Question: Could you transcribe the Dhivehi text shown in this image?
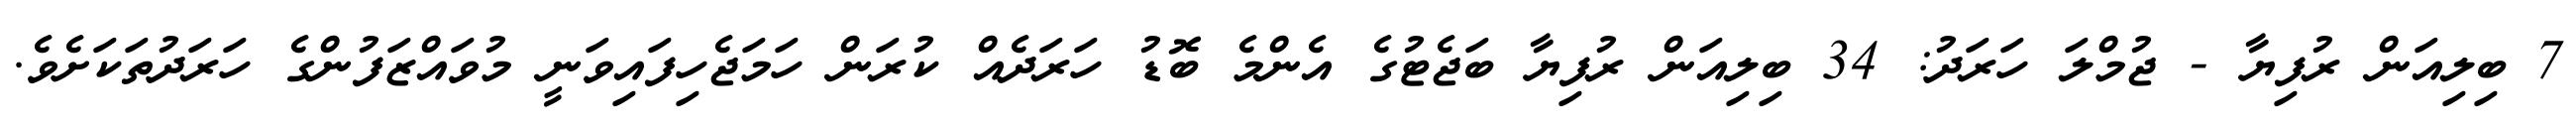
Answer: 7 ބިލިއަން ރުފިޔާ - ޖުމްލަ ހަރަދު: 34 ބިލިއަން ރުފިޔާ ބަޖެޓުގެ އެންމެ ބޮޑު ހަރަދެއް ކުރަން ހަމަޖެހިފައިވަނީ މުވައްޒަފުންގެ ހަރަދުތަކަށެވެ.